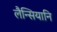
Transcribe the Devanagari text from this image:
लैन्सियानि